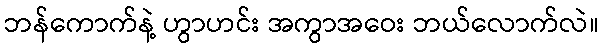
ဘန်ကောက်နဲ့ ဟွာဟင်း အကွာအဝေး ဘယ်လောက်လဲ။